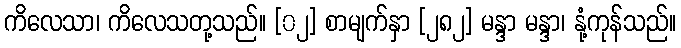
ကိလေသာ၊ ကိလေသတု့သည်။ [၀၂] စာမျက်နှာ [၂၈၂] မန္ဒာ မန္ဒာ၊ နုံ့ကုန်သည်။